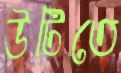
উটিতে